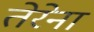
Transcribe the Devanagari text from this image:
तेरेना